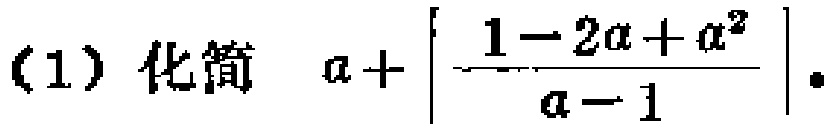
(1) 化简 \(a+\left|\frac{1 - 2a + a^{2}}{a - 1}\right|\) 。